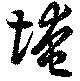
埯